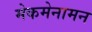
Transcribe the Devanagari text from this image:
मेकमेनामन